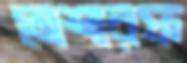
তোশারফ